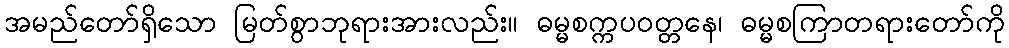
အမည်တော်ရှိသော မြတ်စွာဘုရားအားလည်း။ ဓမ္မစက္ကပဝတ္တနေ၊ ဓမ္မစကြာတရားတော်ကို